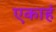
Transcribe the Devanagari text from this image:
एकाहं